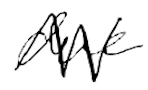
Text: due
Cross-out: zig-zag
Writing tool: digital_black